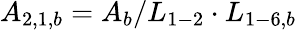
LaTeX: {A_{2,1,b}}={A_{b}}/{L_{1-2}}\cdot{L_{1-6,b}}